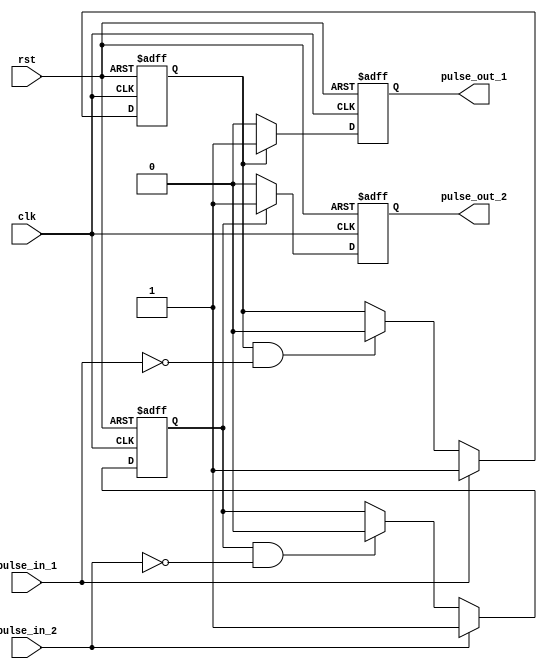
module PulseSynchronizer (
    input wire clk,
    input wire rst,
    input wire pulse_in_1,
    input wire pulse_in_2,
    output reg pulse_out_1,
    output reg pulse_out_2
);

reg pulse_synced_1;
reg pulse_synced_2;

// Control module
always @(posedge clk or posedge rst) begin
    if (rst) begin
        pulse_synced_1 <= 0;
        pulse_synced_2 <= 0;
    end else begin
        if (pulse_in_1) begin
            pulse_synced_1 <= 1;
        end else if (pulse_synced_1 && !pulse_in_1) begin
            pulse_synced_1 <= 0;
        end
        
        if (pulse_in_2) begin
            pulse_synced_2 <= 1;
        end else if (pulse_synced_2 && !pulse_in_2) begin
            pulse_synced_2 <= 0;
        end
    end
end

// Synchronization module
always @(posedge clk or posedge rst) begin
    if (rst) begin
        pulse_out_1 <= 0;
        pulse_out_2 <= 0;
    end else begin
        if (pulse_synced_1) begin
            pulse_out_1 <= 1;
        end else begin
            pulse_out_1 <= 0;
        end
        
        if (pulse_synced_2) begin
            pulse_out_2 <= 1;
        end else begin
            pulse_out_2 <= 0;
        end
    end
end

endmodule